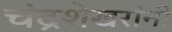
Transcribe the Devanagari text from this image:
चंद्रशेखरांनी